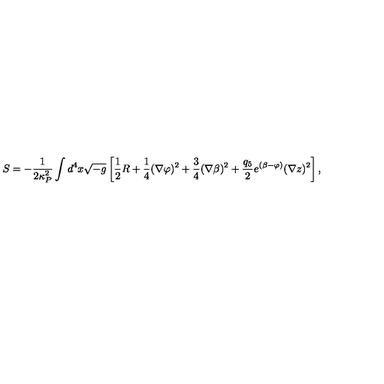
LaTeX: S = - \frac { 1 } { 2 \kappa _ { P } ^ { 2 } } \int d ^ { 4 } x \sqrt { - g } \left[ \frac { 1 } { 2 } R + \frac { 1 } { 4 } ( \nabla \varphi ) ^ { 2 } + \frac { 3 } { 4 } ( \nabla \beta ) ^ { 2 } + \frac { q _ { 5 } } { 2 } e ^ { ( \beta - \varphi ) } ( \nabla z ) ^ { 2 } \right] ,